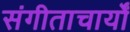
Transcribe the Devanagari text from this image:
संगीताचार्यों